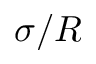
{ \sigma / R }